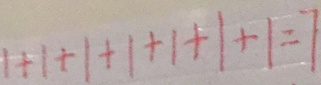
1 + 1 + 1 + 1 + 1 + 1 + 1 = 7